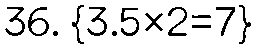
36. {3.5×2=7}